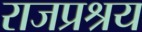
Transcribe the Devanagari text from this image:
राजप्रश्रय